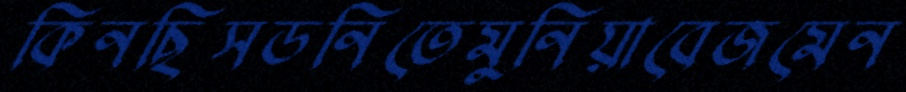
কিনছিসডনিতেমুনিয়াবেজমেন